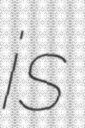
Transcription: is